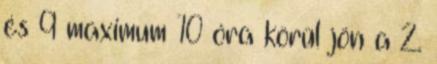
és 9 maximum 10 óra körül jön a 2.